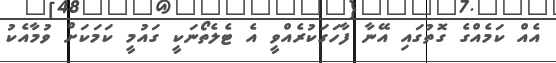
އެއް ކަމެއްގެ ގޮތުގައި އޭނާ ފާހަގަކުރެއްވީ އެ ޓެލެތޯނަކީ ގައުމީ ކަމަކަށް ވުމާއެކު